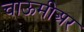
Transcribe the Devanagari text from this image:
चाऊमीअर